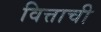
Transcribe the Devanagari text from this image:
वित्ताची